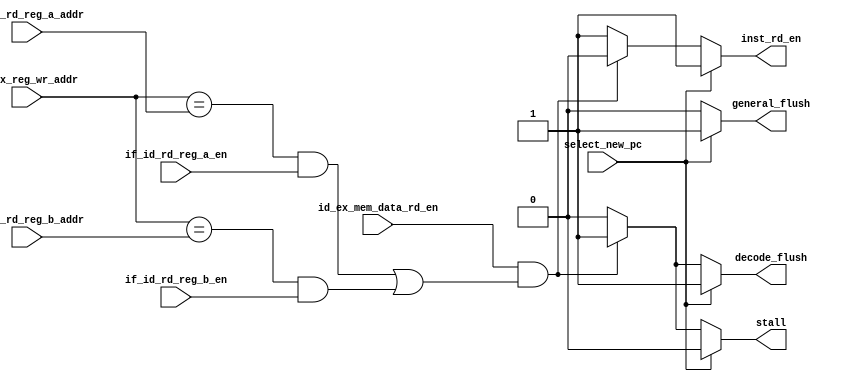
module control
#(
   parameter REG_ADDR_WIDTH = 5
)
(/*autoport*/
   input id_ex_mem_data_rd_en,
   input [REG_ADDR_WIDTH-1:0] id_ex_reg_wr_addr,
   input if_id_rd_reg_a_en,
   input if_id_rd_reg_b_en,
   input [REG_ADDR_WIDTH-1:0] if_id_rd_reg_a_addr,
   input [REG_ADDR_WIDTH-1:0] if_id_rd_reg_b_addr,
   input select_new_pc,

   output reg inst_rd_en,
   output reg stall,
   output reg general_flush,
   output reg decode_flush
);

// -----------------------------------------------------------------------------
// Internal
// -----------------------------------------------------------------------------
// Wires
wire load_hazard;

// Detext RAW hazzard
assign load_hazard = id_ex_mem_data_rd_en &
                     (((id_ex_reg_wr_addr==if_id_rd_reg_a_addr)&if_id_rd_reg_a_en)|
                     ((id_ex_reg_wr_addr==if_id_rd_reg_b_addr)&if_id_rd_reg_b_en));

always@(*)begin
   // Branch Taken
   if(select_new_pc)begin
      inst_rd_en = 1;
      stall = 0;
      general_flush = 1;
      decode_flush = 1;
   end
   // RAW Hazzard detected
   else if(load_hazard)begin
      inst_rd_en = 0;
      stall = 1;
      general_flush = 0;
      decode_flush = 1;
   end
   else begin
      inst_rd_en = 1;
      stall = 0;
      general_flush = 0;
      decode_flush = 0;
   end
end

endmodule